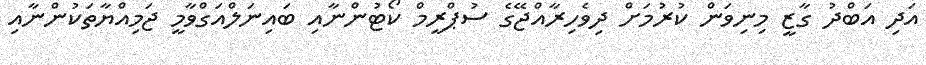
އަދި އަބްދު ގާޒީ މިނިވަން ކުރުމަށް ދިވެހިރާއްޖޭގެ ސުޕްރީމް ކޯޓުންނާއި ބައިނަލްއަގްވާމީ ޖަމިއްޔާތަކުންނާއި